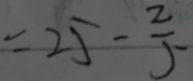
= 2 5 - \frac { 2 } { 5 }